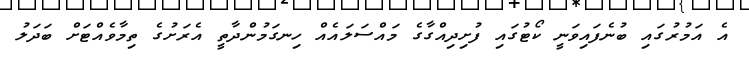
އެ އަމުރުގައި ބުނެފައިވަނީ ކޯޓުގައި ފުށިދިއްގާގެ މައްސަލައެއް ހިނގަމުންދާތީ އެރަށުގެ ތިމާވެއްޓަށް ބަދަލު